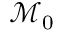
\mathcal { M } _ { 0 }